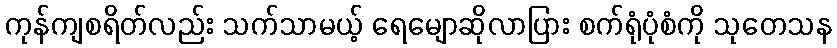
ကုန်ကျစရိတ်လည်း သက်သာမယ့် ရေမျောဆိုလာပြား စက်ရုံပုံစံကို သုတေသန